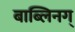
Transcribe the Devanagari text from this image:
बाब्लिनग्